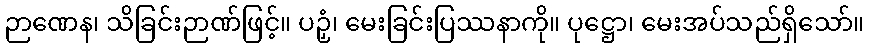
ဉာဏေန၊ သိခြင်းဉာဏ်ဖြင့်။ ပဉှံ၊ မေးခြင်းပြဿနာကို။ ပုဋ္ဌော၊ မေးအပ်သည်ရှိသော်။